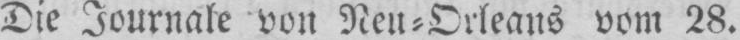
Die Journale von Neu⸗Orleans vom 28.